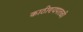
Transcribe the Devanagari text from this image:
काठीण्यपातळी